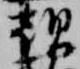
朝